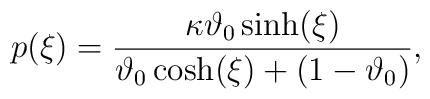
p(\xi) = \frac{\kappa\vartheta_0\sinh(\xi)}{\vartheta_0\cosh(\xi) +(1-\vartheta_0)},